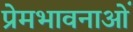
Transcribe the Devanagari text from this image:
प्रेमभावनाओं